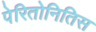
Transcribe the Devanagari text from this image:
पेरितोनितिस